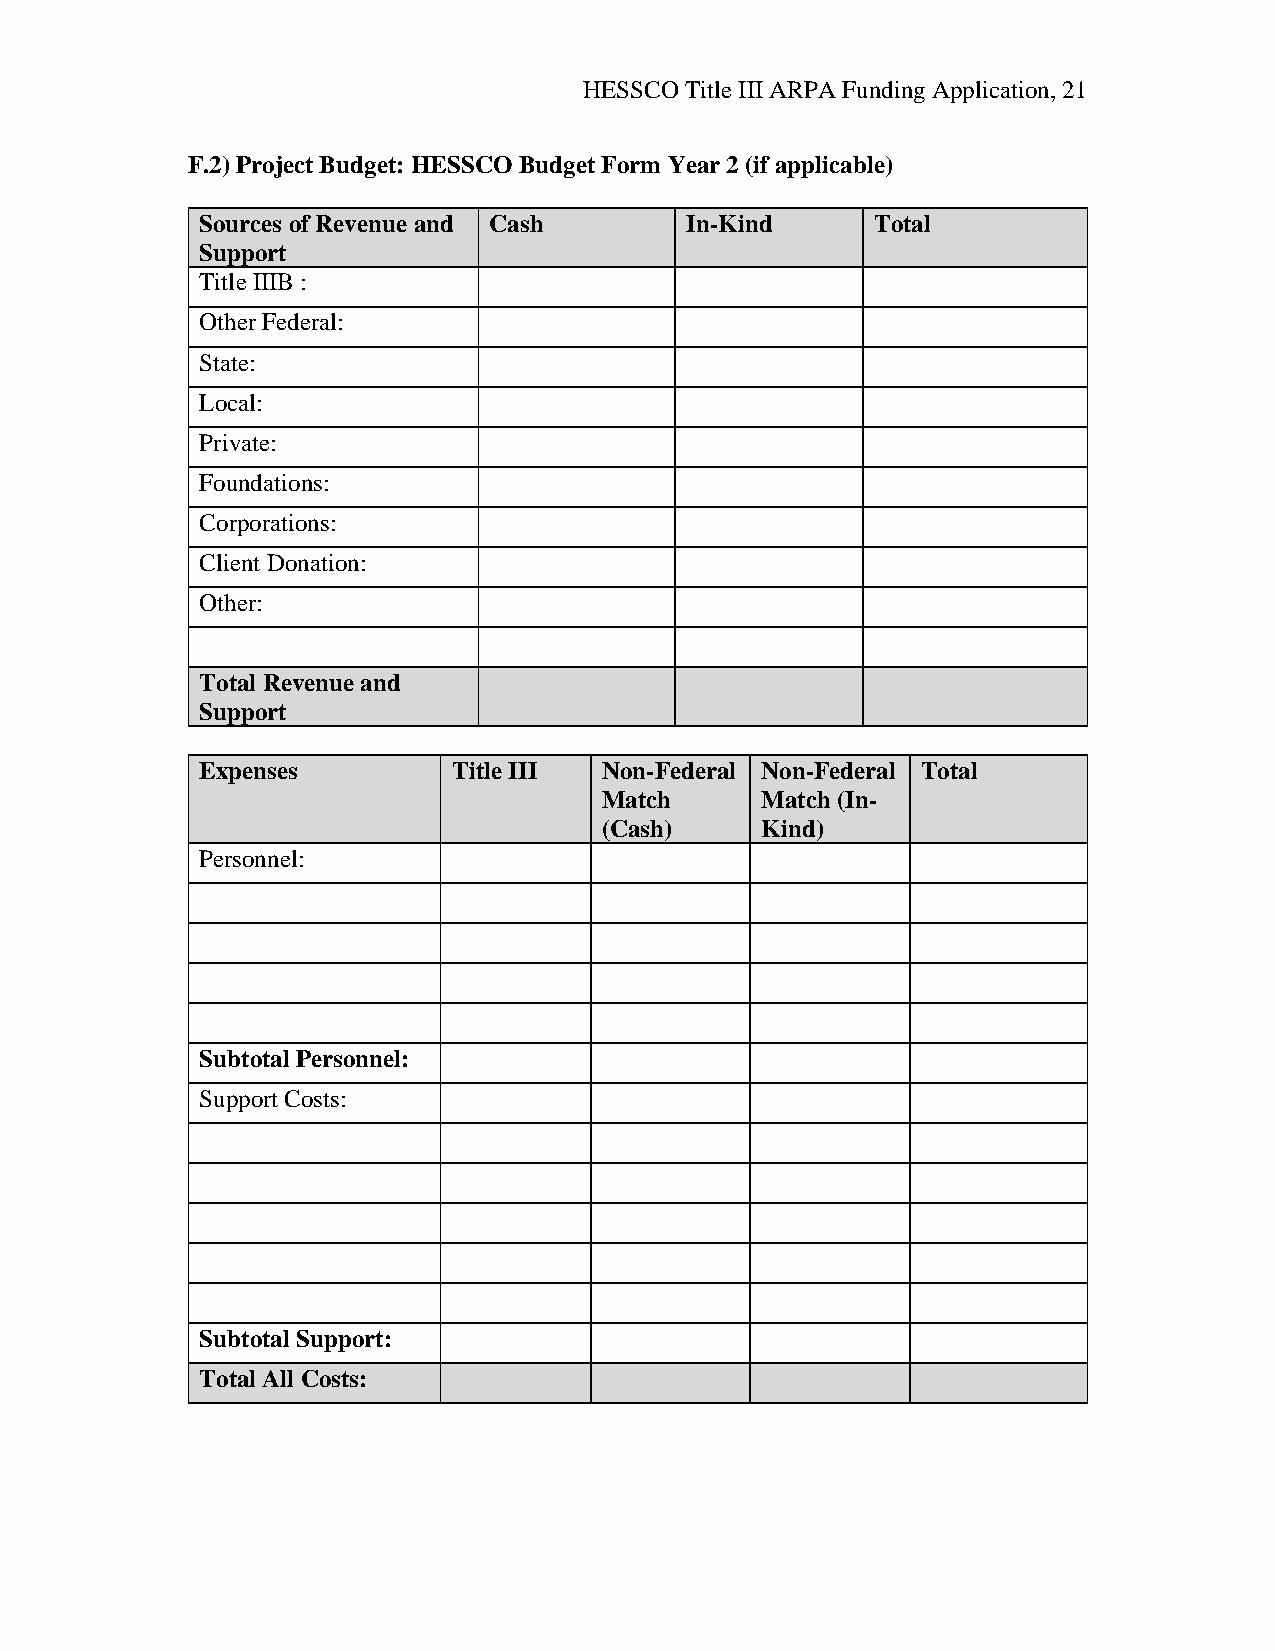
HESSCO Title III ARPA Funding Application, 21
 F.2) Project Budget: HESSCO Budget Form Year 2 (if applicable)
 Sources of Revenue and Cash     In-Kind      Total
 Support
 Title IIIB :
 Other Federal:
 State:
 Local:
 Private:
 Foundations:
 Corporations:
 Client Donation:
 Other:
 Total Revenue and
 Support
 Expenses         Title III Non-Federal Non-Federal Total
 Match     Match (In-
 (Cash)    Kind)
 Personnel:
 Subtotal Personnel:
 Support Costs:
 Subtotal Support:
 Total All Costs: